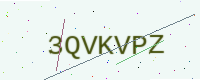
Text: 3QVKVPZ